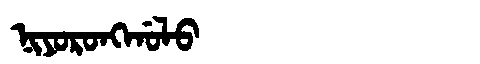
Manchu: ᠨᡳᠶᠣᡵᠣᠩᡤᠣᠯᠣ
Romanization: NIYORONGGOLO